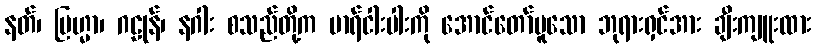
နတ်၊ ဗြဟ္မာ၊ ဂဠုန်၊ နဂါး စသည်တို့က မာရ်ငါးပါးကို အောင်တော်မူသော ဘုရားရှင်အား ချီးကျူးထား